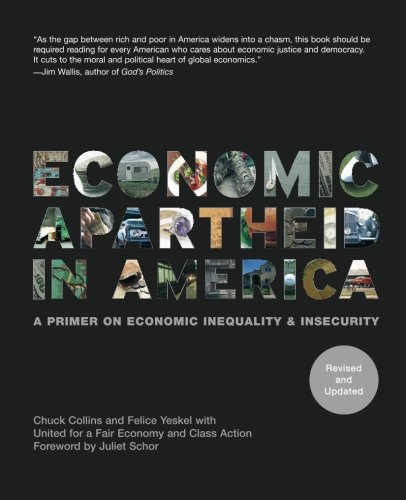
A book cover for Economic Apartheid In America: A Primer on Economic Inequality & Insecurity, Revised and Updated Edition; Chuck Collins; Business & Money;